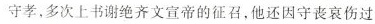
守孝，多次上书谢绝齐文宣帝的征召，他还因守丧哀伤过